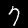
Digit: 7